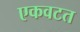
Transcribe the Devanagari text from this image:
एकवटत